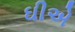
ઘીએ